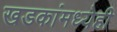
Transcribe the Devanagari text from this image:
खडकांमध्येही